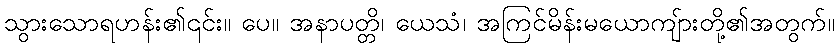
သွားသောရဟန်း၏၎င်း။ ပေ။ အနာပတ္တိ၊ ယေသံ၊ အကြင်မိန်းမယောကျ်ားတို့၏အတွက်။